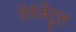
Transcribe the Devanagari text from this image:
तेरंजेटुत्त